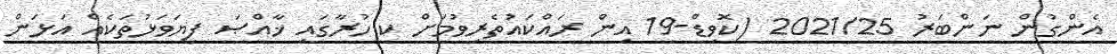
އެންގުން ނަންބަރު 2021/25 (ކޮވިޑް-19 އިން ރައްކައުތެރިވުމަށް ކ.ހުރާގައި ޚާއްޞަ ފިޔަވަޅުތަކެއް އަޅަން